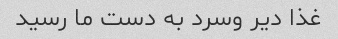
غذا دیر وسرد به دست ما رسید